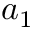
a _ { 1 }